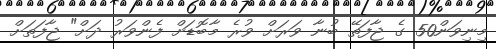
މިނިވަން50 ގެ ޖާފަތޭ ބުނާ ވަރަށް ވުރެ މާބޮޑަށް ފެންވަރު ދަށް" ޖާފަތަށް